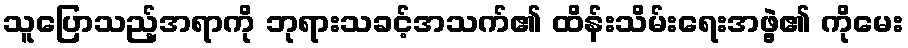
သူပြောသည့်အရာကို ဘုရားသခင့်အသက်၏ ထိန်းသိမ်းရေးအဖွဲ့၏ ကိုမေး